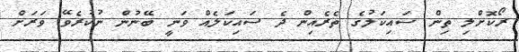
ރޯކޮށްލި ތިން ސައިކަލުގެ ތެރެއިން ދެ ސައިކަލެއް ވަނީ ބޭނުން ނުކުރެވޭ ވަރަށް